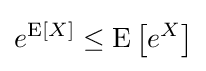
e^{\operatorname {E} [X]}\leq \operatorname {E} \left[e^{X}\right]